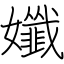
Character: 孅